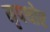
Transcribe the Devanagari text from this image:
नृपथोर